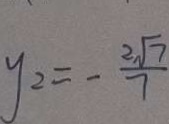
y _ { 2 } = - \frac { 2 \sqrt { 7 } } { 7 }